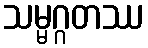
သမ္မဂ္ဂတဿ